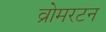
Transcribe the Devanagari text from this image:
व्रोमरटन